Report of the Indian Hemp Drugs Commission, 1894-1895 - Volume IV
Year: 1894
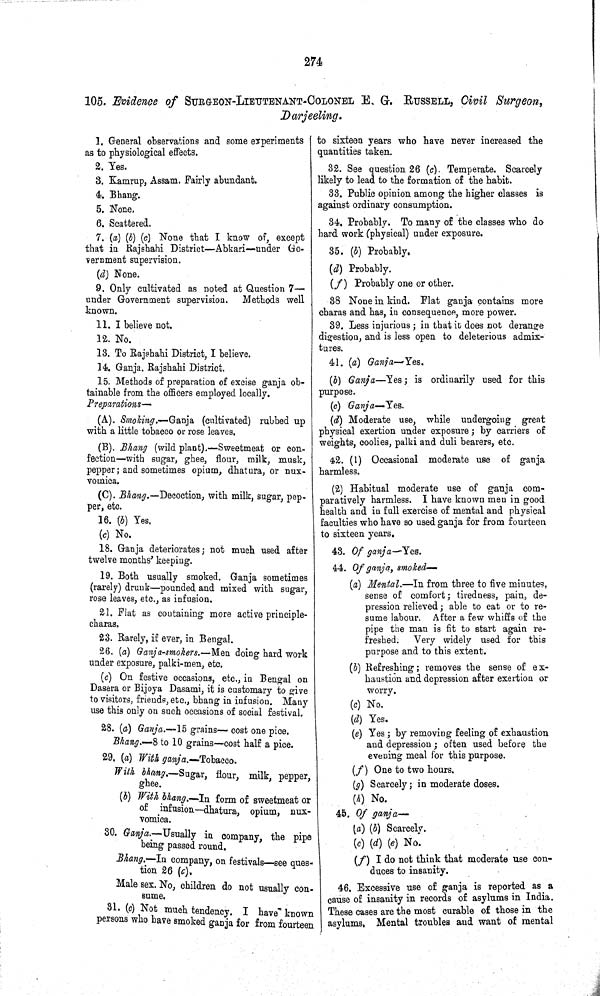
274
105. Evidence of SURGEON-LIEUTENANT-COLONEL E. G. RUSSELL, Civil Surgeon,
Darjeeling.
1. General observations and some experiments
as to physiological effects.
2. Yes.
3. Kamrup, Assam. Fairly abundant.
4. Bhang.
5. None,
6. Scattered.
7. (a) (b) (c) None that I know of, except
that in Rajshahi District—Abkari—under Go-
vernment supervision.
(d) None.
9. Only cultivated as noted at Question 7—
under Government supervision. Methods well
known.
11. I believe not.
12. No.
13. To Rajshahi District, I believe.
14. Ganja. Rajshahi District.
15. Methods of preparation of excise ganja ob-
tainable from the officers employed locally.
Preparations—
(A). Smoking.—Ganja (cultivated) rubbed up
with a little tobacco or rose leaves.
(B). Bhang (wild plant).—Sweetmeat or con-
fection—with sugar, ghee, flour, milk, musk,
pepper; and sometimes opium, dhatura, or nux-
vomica.
(C). Bhang.—Decoction, with milk, sugar, pep-
per, etc.
16. (b) Yes.
(c) No.
18. Ganja deteriorates; not much used after
twelve months' keeping.
19. Both usually smoked. Ganja sometimes
(rarely) drunk—pounded and mixed with sugar,
rose leaves, etc., as infusion.
21. Flat as containing more active principle-
charas.
23. Rarely, if ever, in Bengal.
26. (a) Ganja-smokers.—Men doing hard work
under exposure, palki-men, etc.
(c) On festive occasions, etc., in Bengal on
Dasera or Bijoya Dasami, it is customary to give
to visitors, friends, etc., bhang in infusion. Many
use this only on such occasions of social festival.
28. (a) Ganja.—15 grains— cost one pice.
Bhang.—8 to 10 grains—cost half a pice.
29. (a) With ganja.—Tobacco.
With bhang.—Sugar, flour, milk, pepper,
ghee.
(b) With bhang.—In form of sweetmeat or
of infusion—dhatura, opium, nux-
vomica.
30. Ganja.—Usually in company, the pipe
being passed round.
Bhang.—In company, on festivals—see ques-
tion 26 (c),
Male sex. No, children do not usually con-
sume.
31. (c) Not much tendency. I have known
persons who have smoked ganja for from fourteen
to sixteen years who have never increased the
quantities taken.
32. See question 26 (c). Temperate. Scarcely
likely to lead to the formation of the habit.
33. Public opinion among the higher classes is
against ordinary consumption.
34. Probably. To many of the classes who do
hard work (physical) under exposure.
35. (b) Probably.
(d) Probably.
(f)
Probably one or other.
38 None in kind. Flat ganja contains more
charas and has, in consequence, more power.
39. Less injurious; in that it does not derange
digestion, and is less open to deleterious admix-
tures.
41. (a) Ganja—Yes.
(b) Ganja—Yes; is ordinarily used for this
purpose.
(c) Ganja—Yes.
(d) Moderate use, while undergoing great
physical exertion under exposure; by carriers of
weights, coolies, palki and duli bearers, etc.
42. (1) Occasional moderate use of ganja
harmless.
(2) Habitual moderate use of ganja com-
paratively harmless. I have known men in good
health and in full exercise of mental and physical
faculties who have so used ganja for from fourteen
to sixteen years.
43. Of ganja—Yes.
44. Of ganja, smoked—
(a) Mental.—In from three to five minutes,
sense of comfort; tiredness, pain, de-
pression relieved; able to eat or to re-
sume labour. After a few whiffs of the
pipe the man is fit to start again re-
freshed. Very widely used for this
purpose and to this extent.
(b) Refreshing; removes the sense of ex-
haustion and depression after exertion or
worry.
(c) No.
(d) Yes.
(e) Yes; by removing feeling of exhaustion
and depression; often used before the
evening meal for this purpose.
(f) One to two hours.
(g) Scarcely; in moderate doses.
(h) No.
45. Of ganja—
(a) (b) Scarcely.
(c) (d) (e) No.
(f) I do not think that moderate use con-
duces to insanity.
46. Excessive use of ganja is reported as a
cause of insanity in records of asylums in India.
These cases are the most curable of those in the
asylums. Mental troubles and want of mental